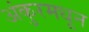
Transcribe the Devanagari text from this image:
अंकुरमधून